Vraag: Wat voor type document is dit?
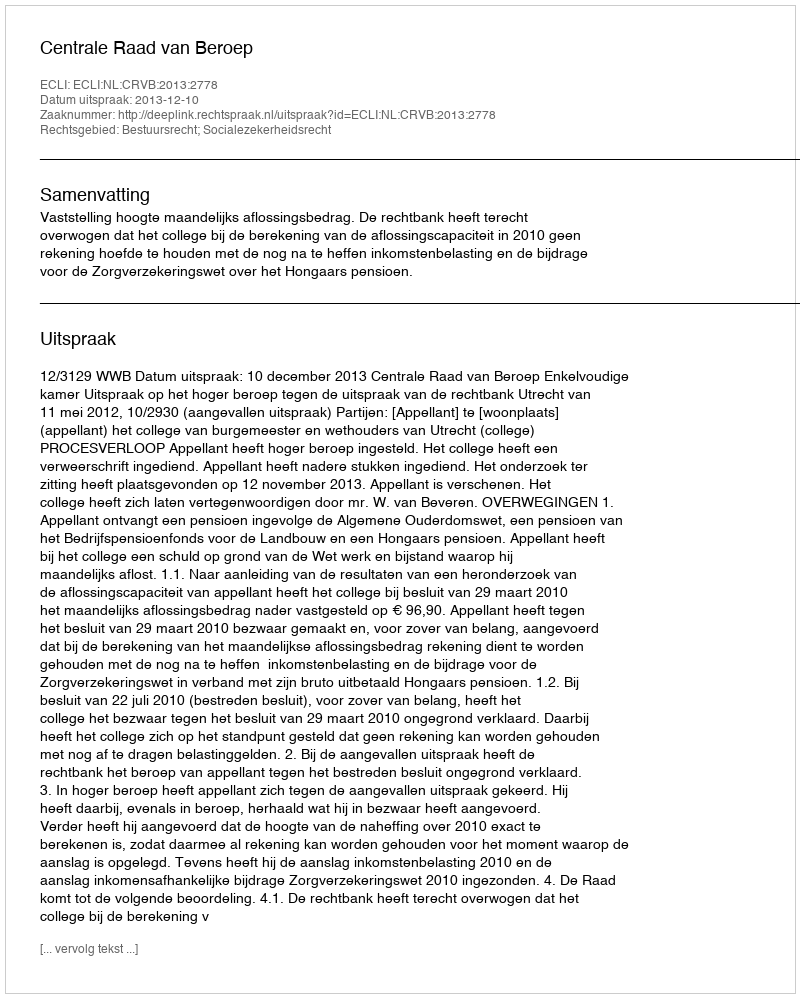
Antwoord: Uitspraak